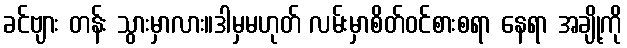
ခင်ဗျား တန်း သွားမှာလား။ဒါမှမဟုတ် လမ်းမှာစိတ်ဝင်စားစရာ နေရာ အချို့ကို